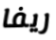
ريفا